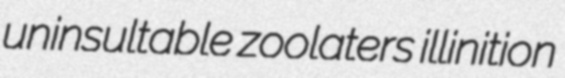
uninsultable zoolaters illinition